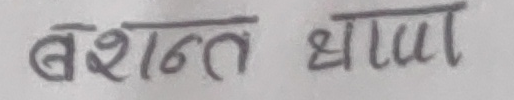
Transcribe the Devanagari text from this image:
बेशन्त थापा